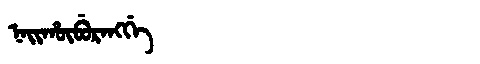
Manchu: ᠨᠠᡳᡥᡡᠪᡠᡵᠠᠩᡤᡝ
Romanization: NAIHŪBURANGGE